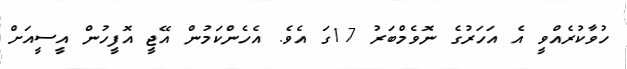
ހުވާކުރެއްވީ އެ އަހަރުގެ ނޮވެމްބަރު 17ގަ އެވެ. އެހެންކަމުން އޭޖީ އޮފީހުން އީސީއަށް